Civil Veterinary Dept. Assam report 1927-50 - 1927-1950
Year: 1927
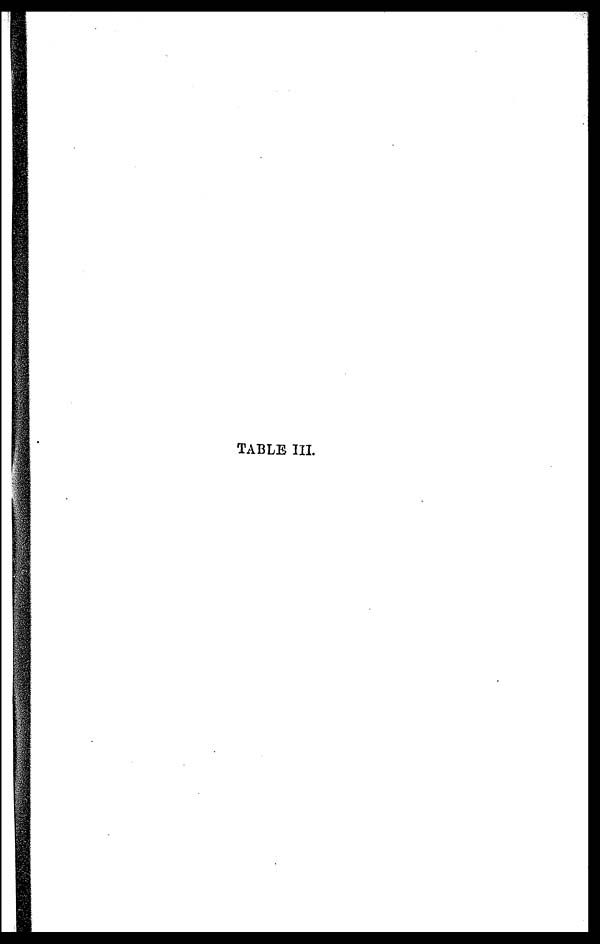
TABLE III.